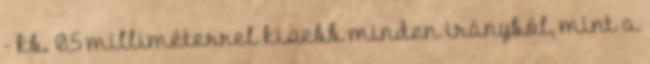
- kb. 0,5 milliméterrel kisebb minden irányból, mint a